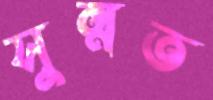
সুন্নত